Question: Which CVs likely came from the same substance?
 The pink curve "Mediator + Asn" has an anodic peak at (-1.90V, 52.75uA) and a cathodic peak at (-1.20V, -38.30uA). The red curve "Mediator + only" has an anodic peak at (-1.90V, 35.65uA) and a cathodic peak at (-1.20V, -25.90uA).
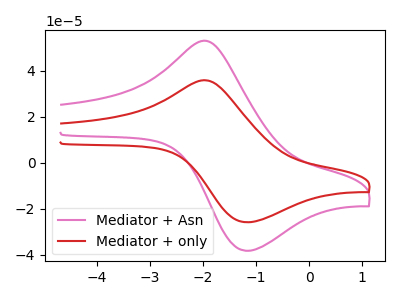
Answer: <think>All the peaks in "Mediator + Asn" have a peak in "Mediator + only" at the same potential. Every peak in "Mediator + Asn" is higher than every peak in "Mediator + only".
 </think>
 <answer>"Mediator + only" and "Mediator + Asn" have the same shape and are likely CV's of the same chemical.</answer>
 <eval>"Mediator + only" "Mediator + Asn"</eval>